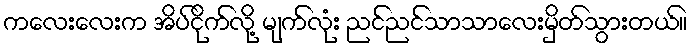
ကလေးလေးက အိပ်ငိုက်လို့ မျက်လုံး ညင်ညင်သာသာလေးမှိတ်သွားတယ်။